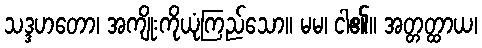
သဒ္ဒဟတော၊ အကျိုးကိုယုံကြည်သော။ မမ၊ ငါ၏။ အတ္တတ္ထာယ၊